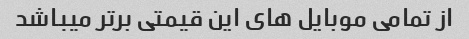
از تمامی موبایل های این قیمتی برتر میباشد